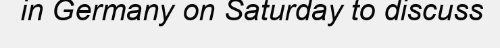
in Germany on Saturday to discuss